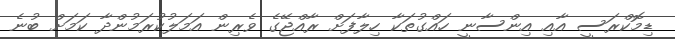
ޑިމޮކްރަސީ އާއި އިންސާނީ ހައްގުތަކާ ހިލާފަށް ރާއްޖޭގެ ވެރިން އަމަލުކުރަމުންދާ ކަމަށް ބުނެ